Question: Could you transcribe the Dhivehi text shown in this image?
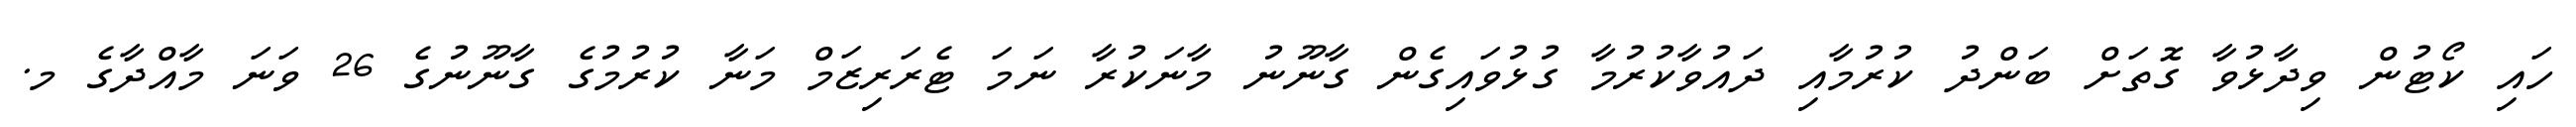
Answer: ހައި ކޯޓުން ވިދާޅުވާ ގޮތަށް ބަންދު ކުރުމާއި ދައުވާކުރުމާ ގުޅުވައިގެން ގާނޫނު މާނަކުރާ ނަމަ ޓެރަރިޒަމް މަނާ ކުރުމުގެ ގާނޫނުގެ 26 ވަނަ މާއްދާގެ މ.